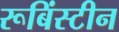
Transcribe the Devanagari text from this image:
रूबिंस्टीन